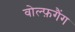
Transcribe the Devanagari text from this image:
वोल्फ़गैंग